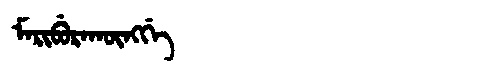
Manchu: ᠮᠠᡵᡳᠪᡠᡵᠠᡴᡡᠩᡤᡝ
Romanization: MARIBURAKŪNGGE